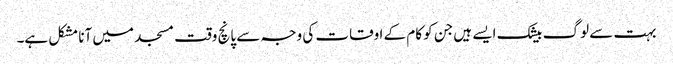
بہت سے لوگ بیشک ایسے ہیں جن کو کام کے اوقات کی وجہ سے پانچ وقت مسجد میں آنا مشکل ہے۔